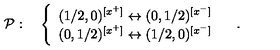
{ \cal P } : \quad \left\{ \begin{array} { l } { ( 1 / 2 , 0 ) ^ { [ x ^ { + } ] } \leftrightarrow ( 0 , 1 / 2 ) ^ { [ x ^ { - } ] } } \\ { ( 0 , 1 / 2 ) ^ { [ x ^ { + } ] } \leftrightarrow ( 1 / 2 , 0 ) ^ { [ x ^ { - } ] } } \\ \end{array} \right. \quad .